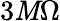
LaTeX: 3\mathit{M}\Omega